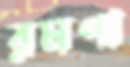
রমণা